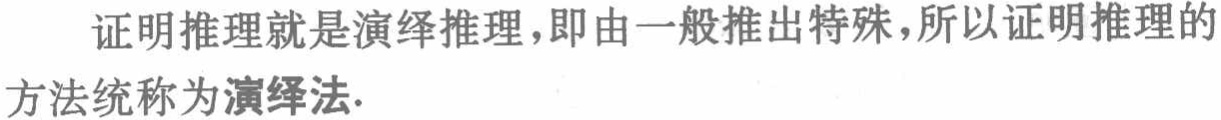
证明推理就是演绎推理，即由一般推出特殊，所以证明推理的方法统称为演绎法.